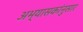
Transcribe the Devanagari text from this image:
अभ्यासकांनुसार